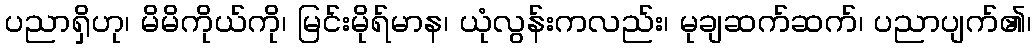
ပညာရှိဟု၊ မိမိကိုယ်ကို၊ မြင်းမိုရ်မာန၊ ယုံလွန်းကလည်း၊ မုချဆက်ဆက်၊ ပညာပျက်၏၊